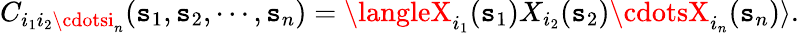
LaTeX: C_{i_{1}i_{2}\cdotsi_{n}}(\mathtt{s}_{1},\mathtt{s}_{2},\cdots,\mathtt{s}_{n})=\langleX_{i_{1}}(\mathtt{s}_{1})X_{i_{2}}(\mathtt{s}_{2})\cdotsX_{i_{n}}(\mathtt{s}_{n})\rangle.